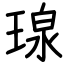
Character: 瑔